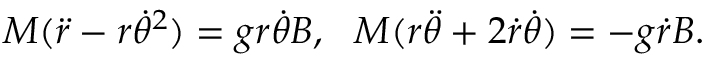
M ( \ddot { r } - r { \dot { \theta } } ^ { 2 } ) = g r \dot { \theta } B , ~ ~ M ( r \ddot { \theta } + 2 \dot { r } \dot { \theta } ) = - g \dot { r } B .